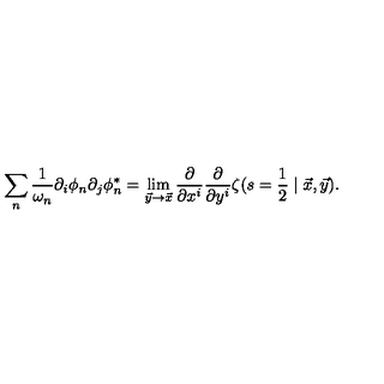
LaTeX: \sum _ { n } \frac { 1 } { \omega _ { n } } \partial _ { i } \phi _ { n } \partial _ { j } \phi _ { n } ^ { * } = \lim _ { \vec { y } \rightarrow \vec { x } } \frac { \partial } { \partial x ^ { i } } \frac { \partial } { \partial y ^ { i } } \zeta ( s = \frac { 1 } { 2 } \mid \vec { x } , \vec { y } ) .